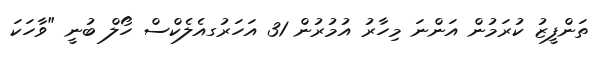
ތަންފީޒު ކުރަމުން އަންނަ މިހާރު އުމުރުން 31 އަހަރުގއެލެކްސް ހޯލް ބުނީ "ވާހަކަ